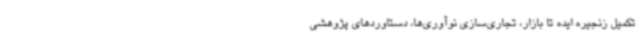
تکمیل زنجیره ایده تا بازار، تجاری‌سازی نوآوری‌ها، دستاوردهای پژوهشی